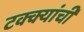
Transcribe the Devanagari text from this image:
टक्क्यांची